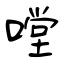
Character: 嘡